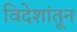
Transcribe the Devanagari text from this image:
विदेशांतून